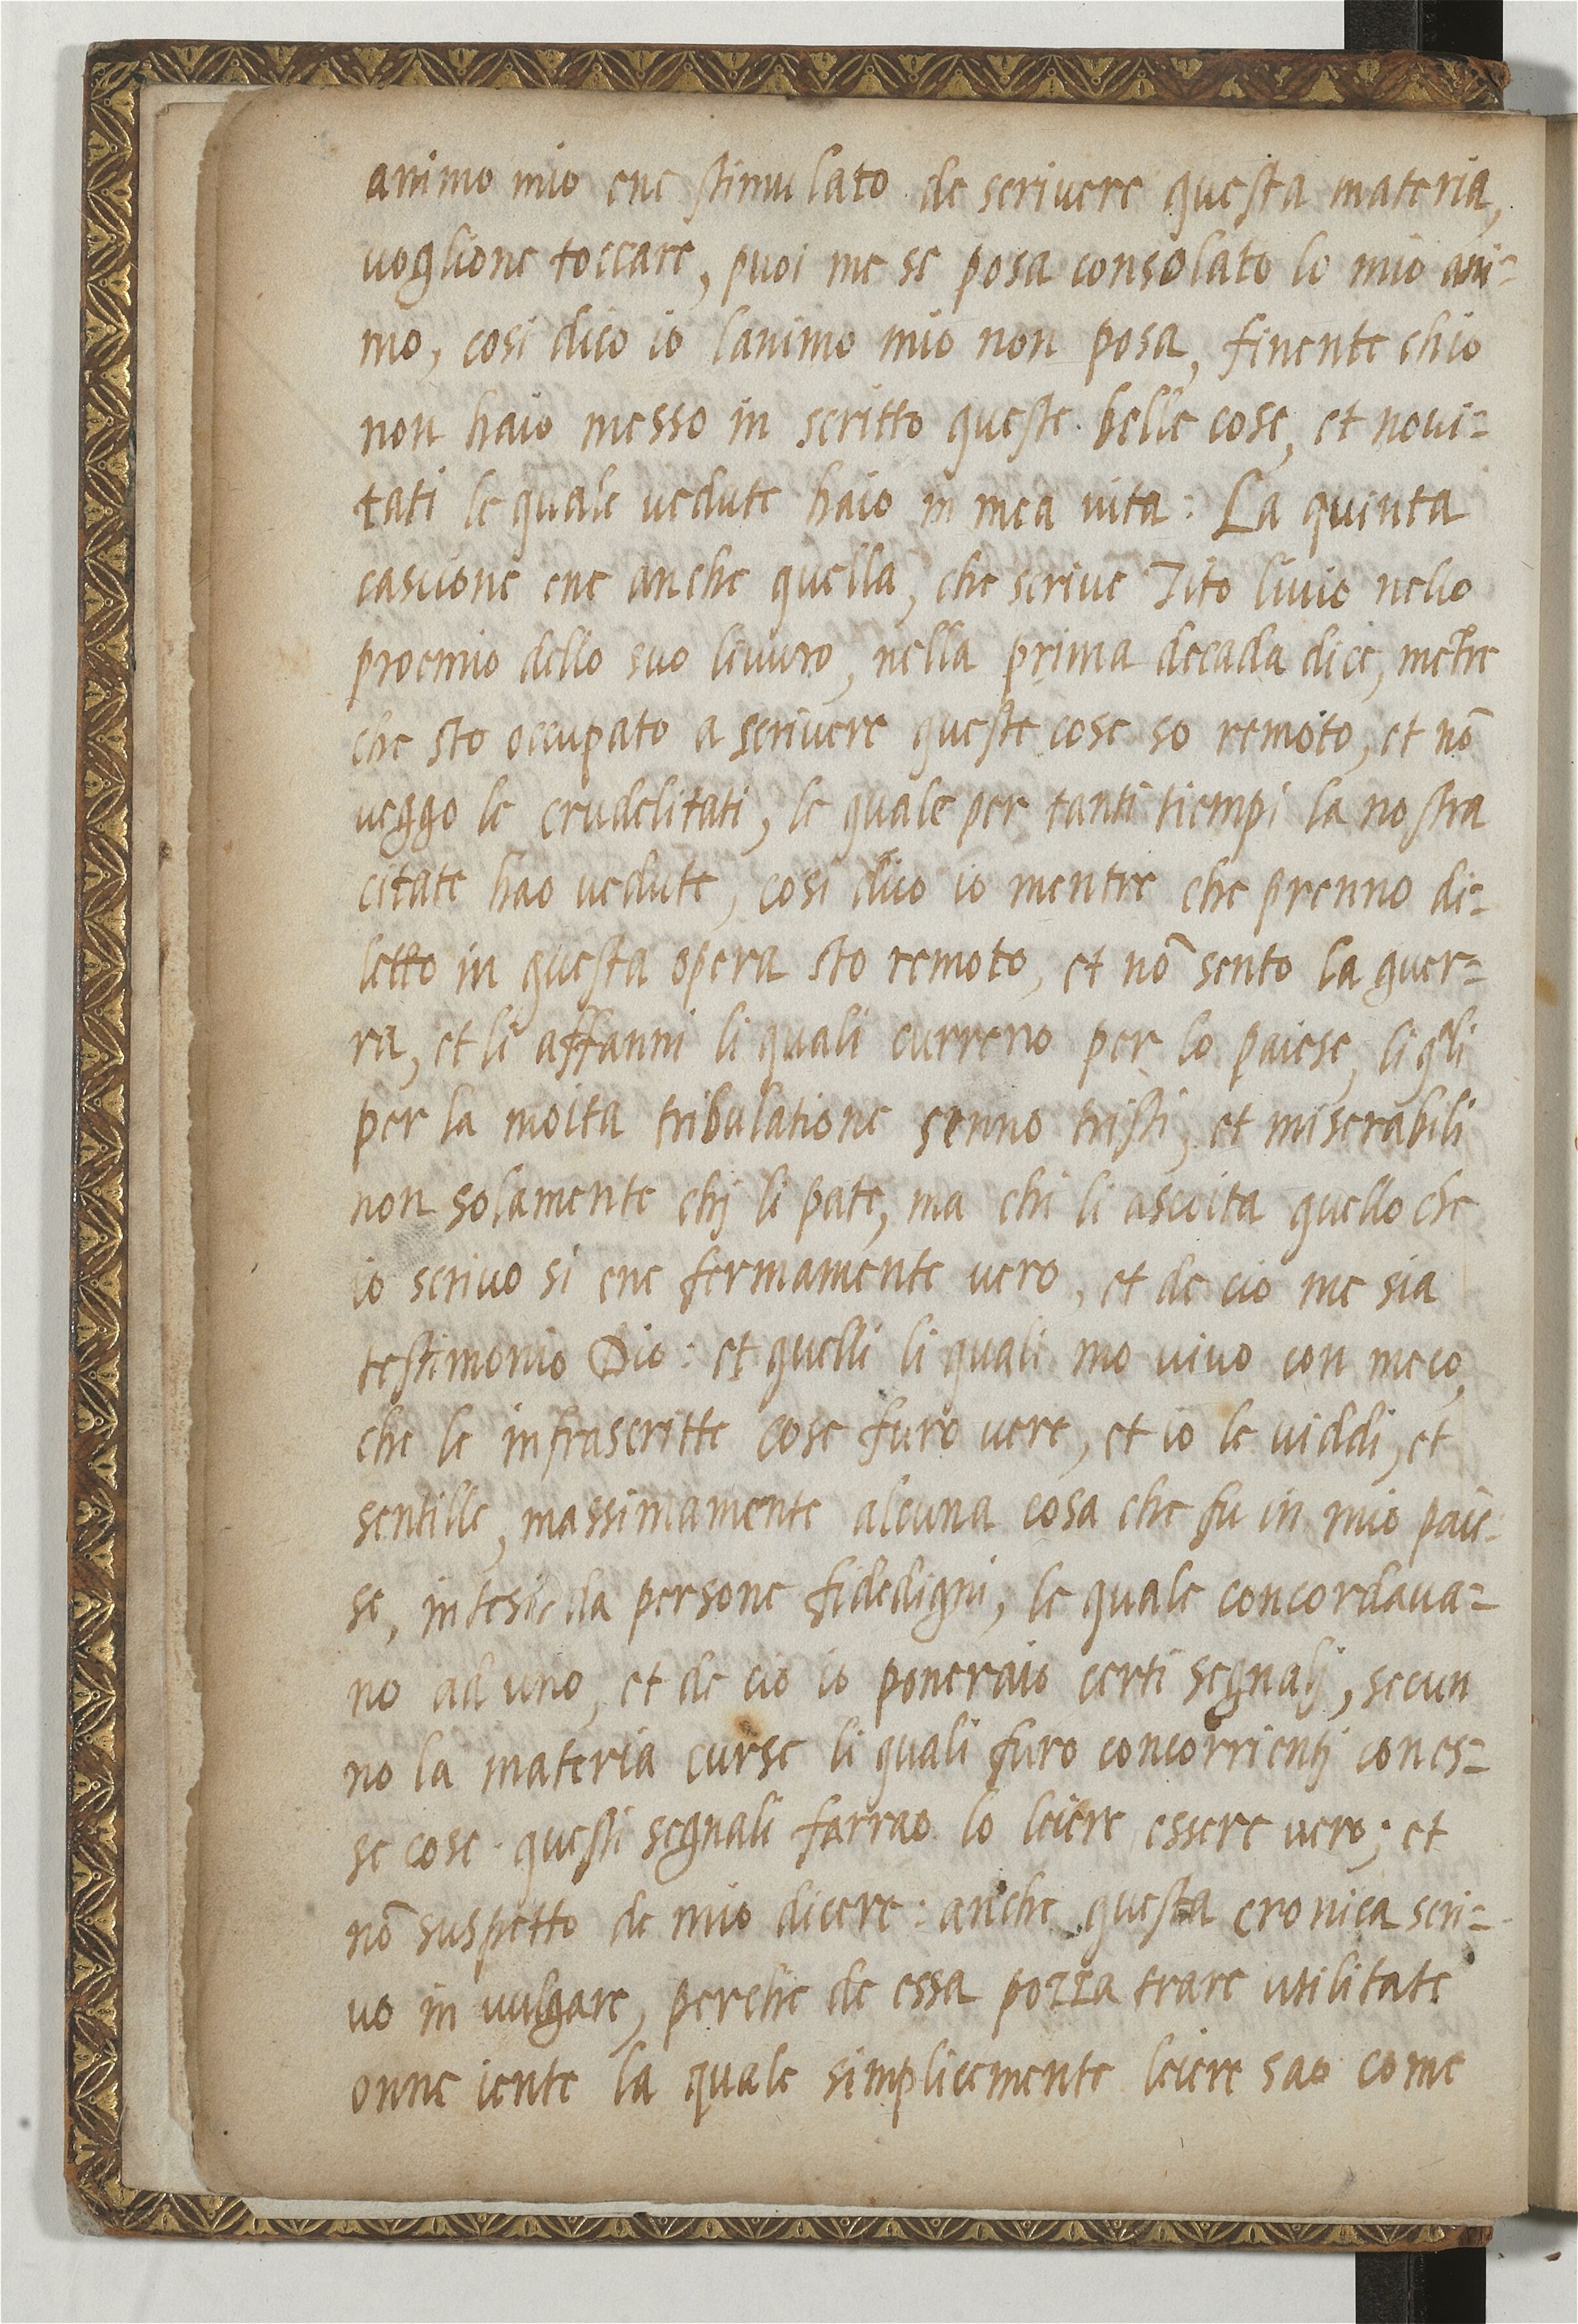
Shelfmark: Paris, BnF, ita. 820
Century: 16